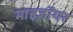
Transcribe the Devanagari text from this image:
माइज़ॉयर